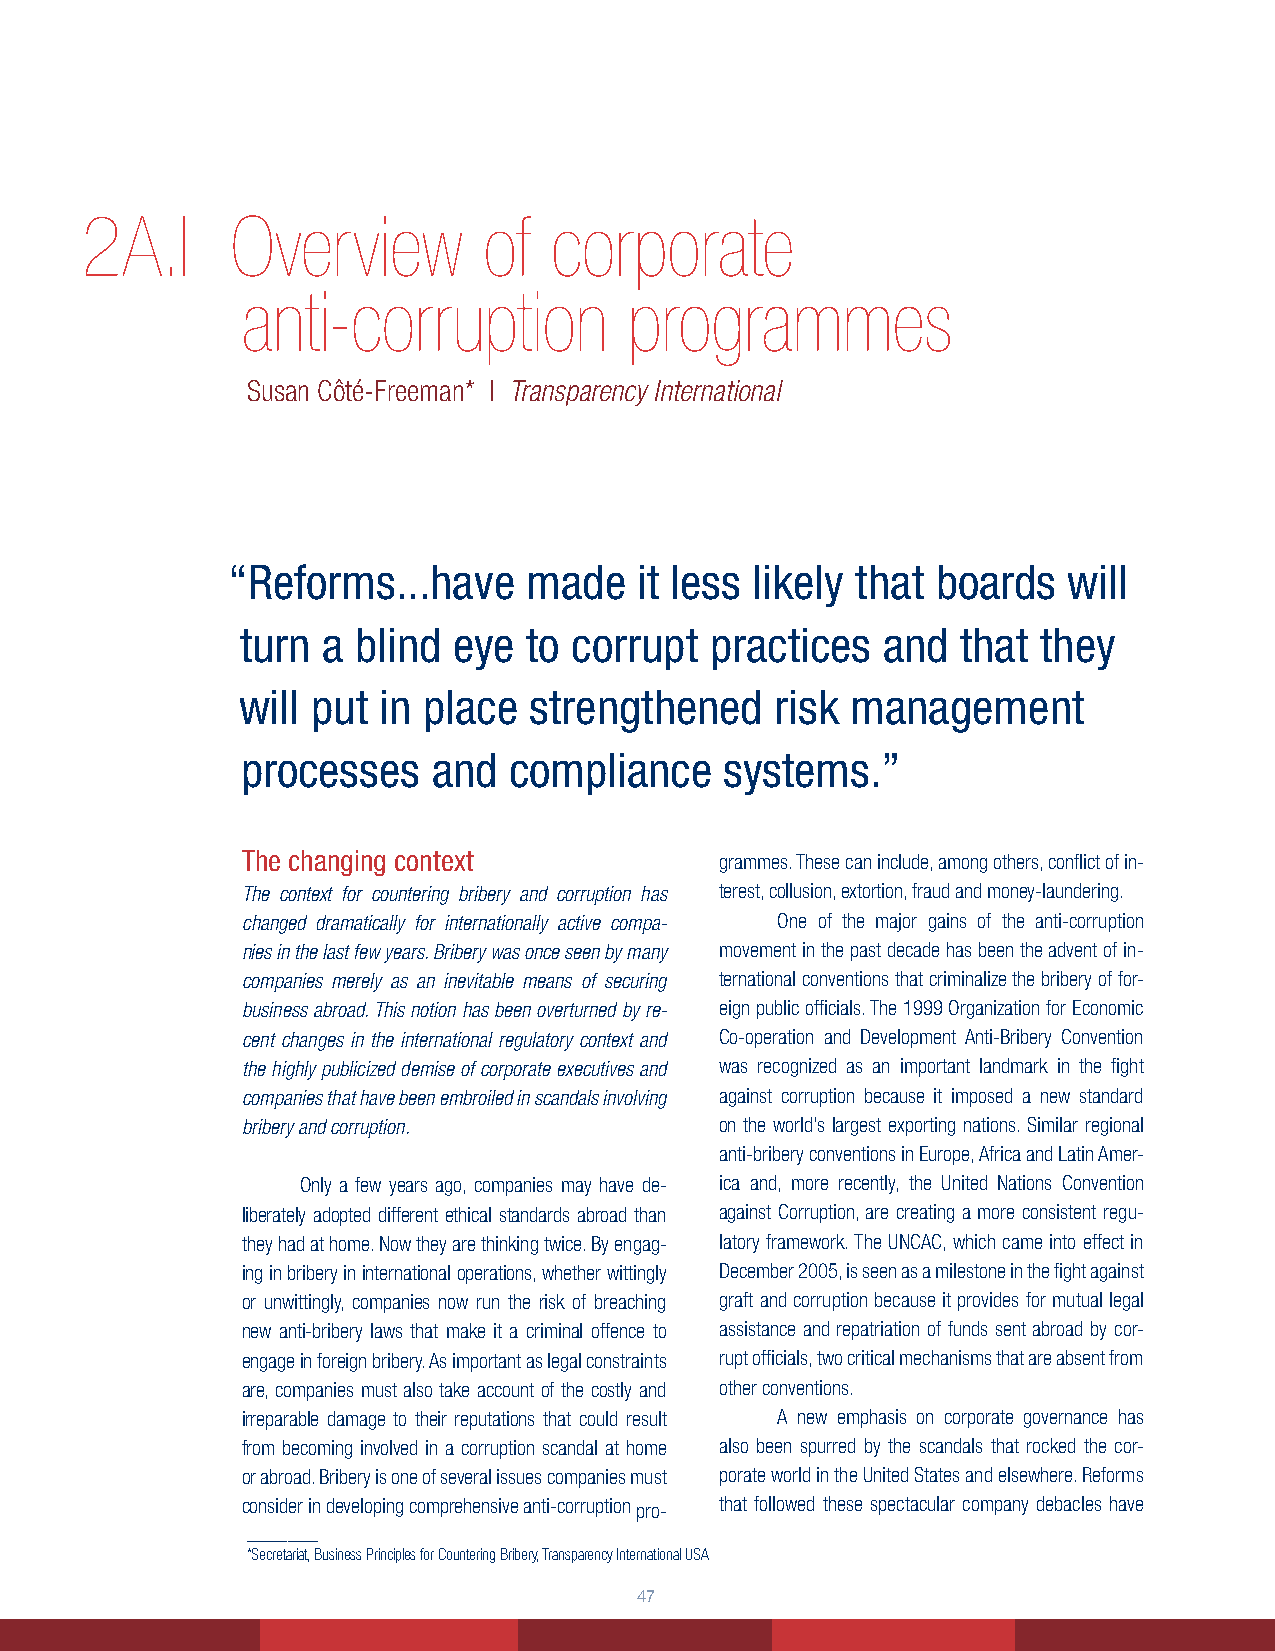
2A.I      Overview         of  corporate
 anti-corruption           programmes
 Susan Côté-Freeman* | Transparency International
 “Reforms...have     made   it less likely that boards   will
 turn a  blind eye  to corrupt  practices  and   that they
 will put in place  strengthened    risk management
 processes    and  compliance    systems.”
 The changing context            grammes. These can include, among others, conflict of in-
 The context for countering bribery and corruption has terest, collusion, extortion, fraud and money-laundering.
 changed dramatically for internationally active compa- One of the major gains of the anti-corruption
 nies in the last few years. Bribery was once seen by many movement in the past decade has been the advent of in-
 companies merely as an inevitable means of securing ternational conventions that criminalize the bribery of for-
 business abroad. This notion has been overturned by re- eign public officials. The 1999 Organization for Economic
 cent changes in the international regulatory context and Co-operation and Development Anti-Bribery Convention
 the highly publicized demise of corporate executives and was recognized as an important landmark in the fight
 companies that have been embroiled in scandals involving against corruption because it imposed a new standard
 bribery and corruption.         on the world’s largest exporting nations. Similar regional
 anti-bribery conventions in Europe, Africa and Latin Amer-
 Only a few years ago, companies may have de- ica and, more recently, the United Nations Convention
 liberately adopted different ethical standards abroad than against Corruption, are creating a more consistent regu-
 they had at home. Now they are thinking twice. By engag- latory framework. The UNCAC, which came into effect in
 ing in bribery in international operations, whether wittingly December 2005, is seen as a milestone in the fight against
 or unwittingly, companies now run the risk of breaching graft and corruption because it provides for mutual legal
 new anti-bribery laws that make it a criminal offence to assistance and repatriation of funds sent abroad by cor-
 engage in foreign bribery. As important as legal constraints rupt officials, two critical mechanisms that are absent from
 are, companies must also take account of the costly and other conventions.
 irreparable damage to their reputations that could result A new emphasis on corporate governance has
 from becoming involved in a corruption scandal at home also been spurred by the scandals that rocked the cor-
 or abroad. Bribery is one of several issues companies must porate world in the United States and elsewhere. Reforms
 consider in developing comprehensive anti-corruption pro- that followed these spectacular company debacles have
 _______
 *Secretariat, Business Principles for Countering Bribery, Transparency International USA
 4